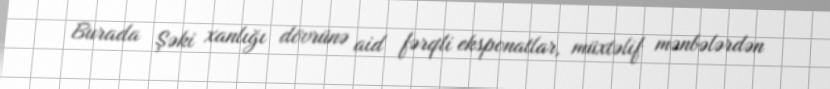
Burada Şəki xanlığı dövrünə aid fərqli eksponatlar, müxtəlif mənbələrdən